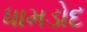
ધામડોદ